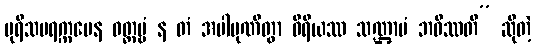
ပုရိသပရက္ကမေန ဝတ္တဗ္ဗံ န တံ အပါပုဏိတွာ ဝီရိယဿ သဏ္ဌာမံ ဘဝိဿတိ” ဆိုတဲ့